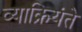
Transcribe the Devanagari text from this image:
व्याक्रियंते